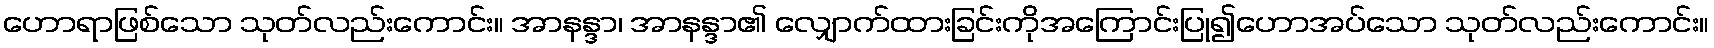
ဟောရာဖြစ်သော သုတ်လည်းကောင်း။ အာနန္ဒာ၊ အာနန္ဒာ၏ လျှောက်ထားခြင်းကိုအကြောင်းပြု၍ဟောအပ်သော သုတ်လည်းကောင်း။